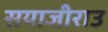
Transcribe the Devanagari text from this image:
सयाजीराउ